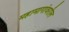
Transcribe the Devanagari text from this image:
महामागांवरील